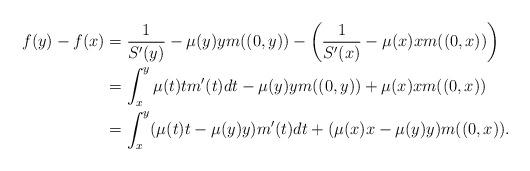
LaTeX: \begin{align*}f(y)-f(x) &=\frac{1}{S'(y)}-\mu(y)y m((0,y)) - \left(\frac{1}{S'(x)}-\mu(x)x m((0,x))\right)\\&=\int_x^y \mu(t)tm'(t)dt-\mu(y)y m((0,y))+\mu(x)x m((0,x))\\&=\int_x^y (\mu(t)t-\mu(y)y)m'(t)dt + (\mu(x)x-\mu(y)y) m((0,x)).\end{align*}